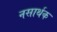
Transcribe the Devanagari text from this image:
नसार्थक